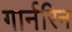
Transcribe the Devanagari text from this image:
गार्नरिन